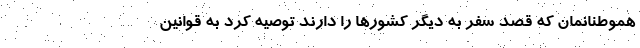
هموطنانمان که قصد سفر به دیگر کشورها را دارند توصیه کرد به قوانین